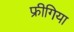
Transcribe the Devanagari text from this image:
फ्रीगिया